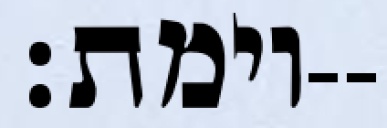
וימת׃--